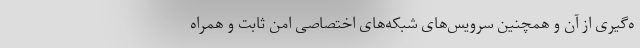
ه‌گیری از آن و همچنین سرویس‌های شبکه‌های اختصاصی امن ثابت و همراه